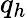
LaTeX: q_{h}